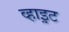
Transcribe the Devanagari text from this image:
व्हाइ़ट